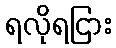
ရလိုရငြား